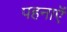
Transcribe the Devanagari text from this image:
पहनाऍं